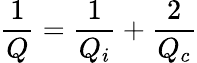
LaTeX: \frac{1}{Q}=\frac{1}{Q_{i}}+\frac{2}{Q_{c}}